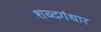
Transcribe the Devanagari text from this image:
शब्दगंधार